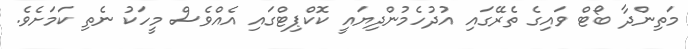
މަތިންދާ ބޯޓް ވައިގެ ތެރޭގައި އުދުހެމުންދިޔައީ ކޮކްޕިޓްގައި އެއްވެސް މީހަކު ނެތި ކަމަށެވެ.